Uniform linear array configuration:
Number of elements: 48
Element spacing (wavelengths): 0.75
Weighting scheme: cosine
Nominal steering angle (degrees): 30
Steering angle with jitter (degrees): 29.421
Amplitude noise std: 0.05
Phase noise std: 0.05

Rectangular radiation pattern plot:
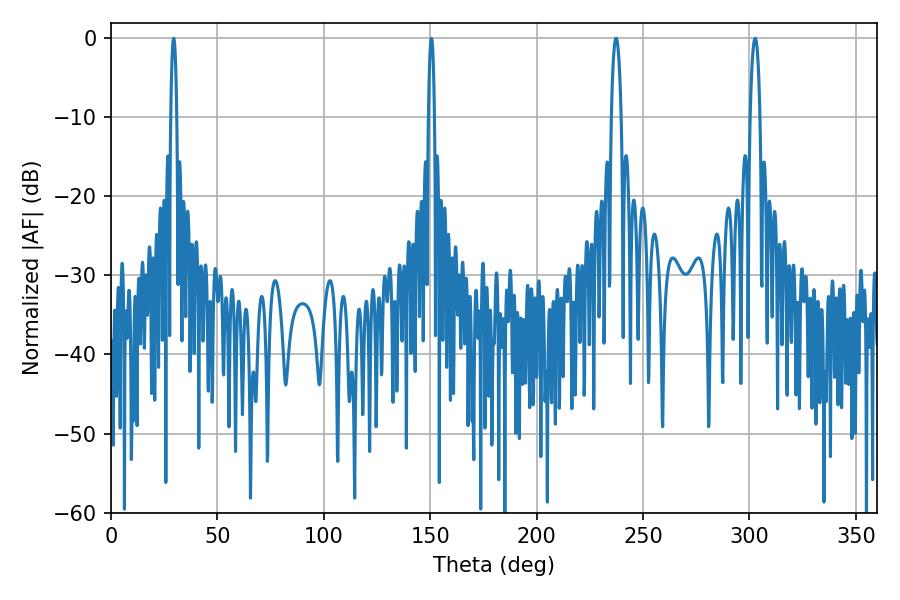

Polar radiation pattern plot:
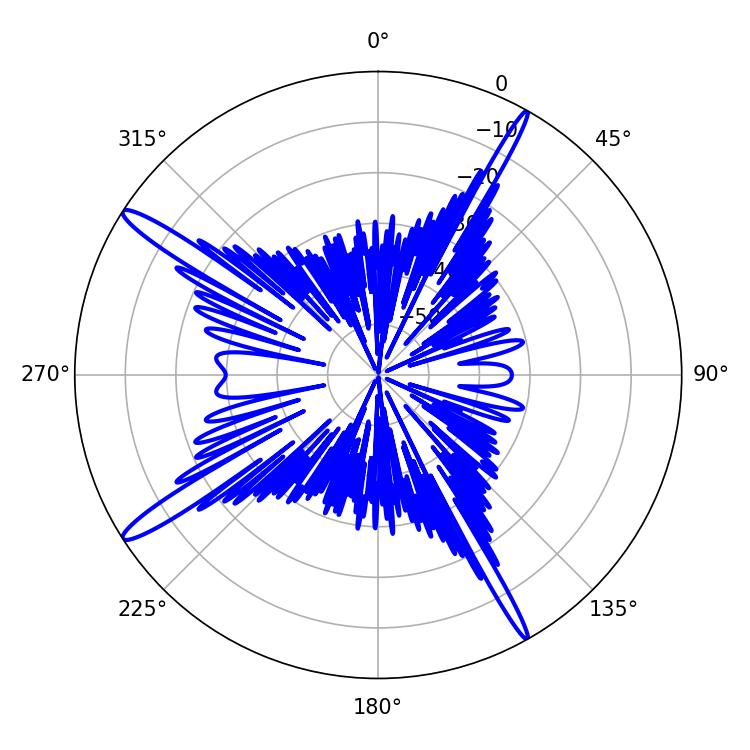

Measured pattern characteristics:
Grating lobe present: TRUE
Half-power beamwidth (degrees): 2.7
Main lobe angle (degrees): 302.76